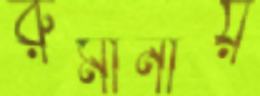
রুমানীয়